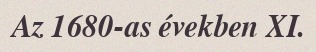
Az 1680-as években XI.